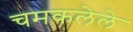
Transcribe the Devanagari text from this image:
चमकलेले